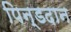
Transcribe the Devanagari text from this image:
पिन्डदान